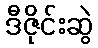
ဒီဇိုင်းဆွဲ